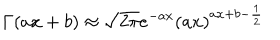
\Gamma ( a x + b ) \approx \sqrt { 2 \pi } e ^ { - a x } ( a x ) ^ { a x + b - \frac { 1 } { 2 } }